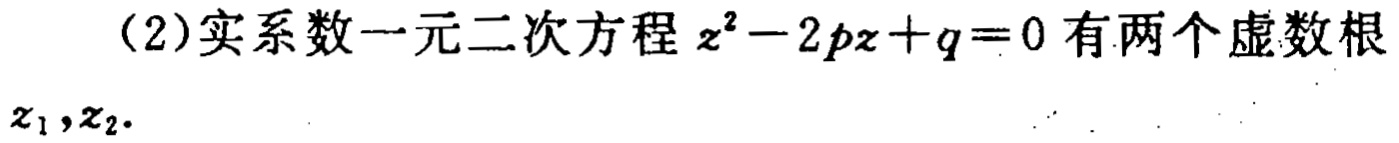
(2)实系数一元二次方程 \(z^{2}-2pz + q = 0\) 有两个虚数根 \(z_{1},z_{2}\).